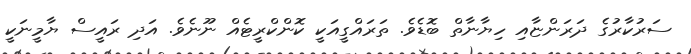
ސަރުކާރުގެ ދަރަންޏާއި ހިޔާނާތް ބޮޑެވެ. ތަރައްގީއަކީ ކޮންކްރީޓެއް ނޫނެވެ. އަދި ރައީސް ޔާމީނަކީ